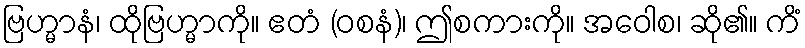
ဗြဟ္မာနံ၊ ထိုဗြဟ္မာကို။ ဧတံ (ဝစနံ)၊ ဤစကားကို။ အဝေါစ၊ ဆို၏။ ကိံ